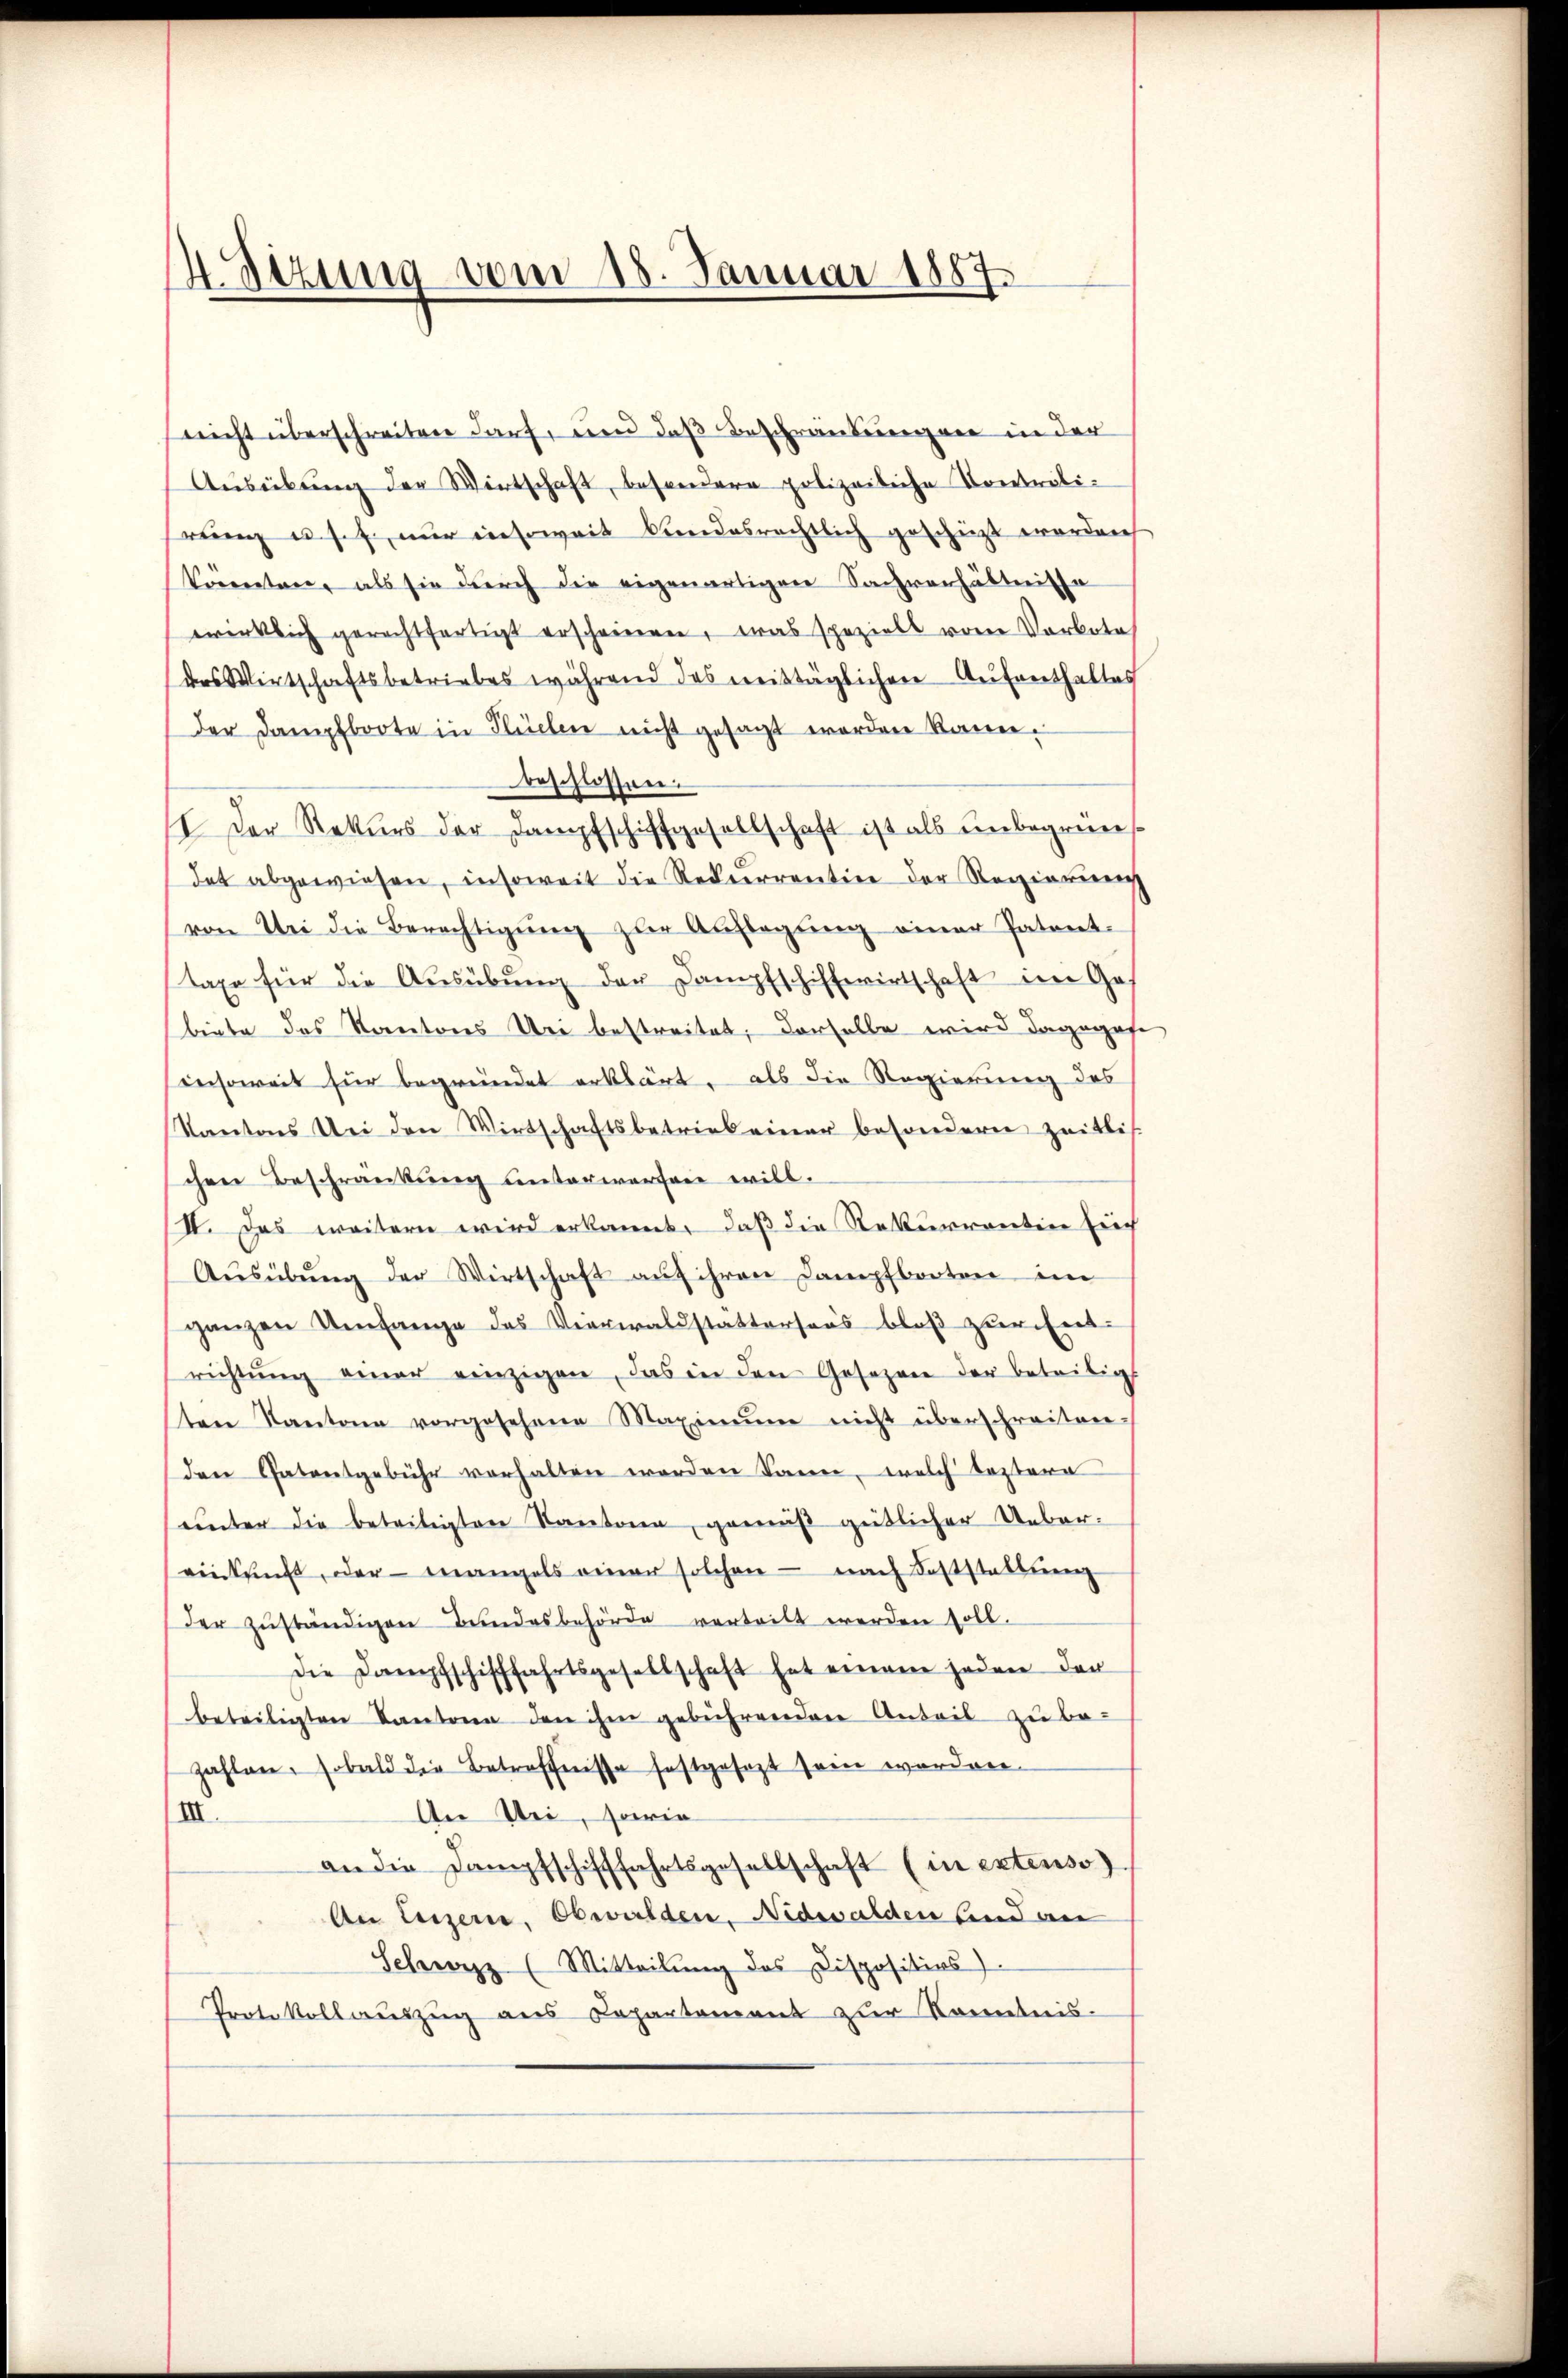
H. Sitzung vom 18. Januar 1887.

nicht überschreiten darf, und daß Beschränkungen in der
Aŭsübŭng der Wirtschaft, besondere polizeiliche Controli-
rung u. s. f. nur einsoweit bundesrechtlich geschüzt worden
könnten, als sie durch die eigenartigen Sachverhältnisse
wirklich gerechtfertigt erscheinern, was speziell vom Vorkota
des Wirtschaftsbetriebes während das mittäglichen Aufenthaltes
der Dampfboote in Flüelen nicht gesagt worden kann.
beschlossen.
I Der Rekŭrs der Dampfschiffgesellschaft ist als ŭnbegrün-
dat abgewiesen, insoweit die Rekurrention der Regierung
von Uri die Berechtigŭng zur Auflegŭng einer Patent-
taxe für die Aŭsübŭng der Dampfschiffwirtschaft im Gas
biete das Kantons Uri bestreitet; derselbe wird dagegese
insoweit für begründet erklärt, als die Regierung des
Kantons Uri den Wirtschaftsbetrieb einer besondern Zeitlich
chen Beschränkung unterwerfen will.
II. Das weitern wird erkannt, daß die Rekurrentin sich
Aŭsübŭng der Wirtschaft aŭf ihren Dampfbooten im
ganzen Umfange des Vierwaldstattersaus bloβ zŭr Entrichtŭng einer einzigen, das in den Gesezen der beteilig
ten Kantone vorgesehene Maximŭm nicht überschreiten.
den Patentgebühr verhalten worden kann, welch leztere
unter die beteiligten Kantona, gemäß gütlicher Uebereinkunft, oder mangels einer solchen - nach Feststaltung
der zŭständigen Bundesbehörde verteilt werden soll.
Die Dampfschifffahrtsgesellschaft hat einem jeden der
beteiligten Kantone den ihm gebührenden Anteil zu be-
zahlen, sobald die Betreffnisse festgesezt sein worden.
III.
An Uri, sowie
an die Dampfschifffahrtsgesellschaft (in extenso.
An Luzern, Obwalden, Nidwalden band an
Schweiz (Mitteilŭng des Dispositios.
Protokollauszug aus Capartement zur Kenntnis-